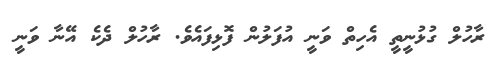
ރާހުލް ގުޅުނީތީ އެހިތް ވަނީ އުފަލުން ފޮޅިފައެވެ. ރާހުލް ދެކެ އޭނާ ވަނީ